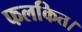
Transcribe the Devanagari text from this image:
फलकित।